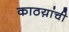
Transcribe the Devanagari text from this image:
काठय़ांची